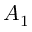
A _ { 1 }